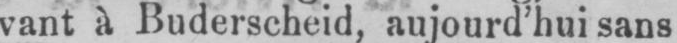
vant à Buderscheid, aujourd’ hui sans